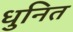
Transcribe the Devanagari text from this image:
धुनित